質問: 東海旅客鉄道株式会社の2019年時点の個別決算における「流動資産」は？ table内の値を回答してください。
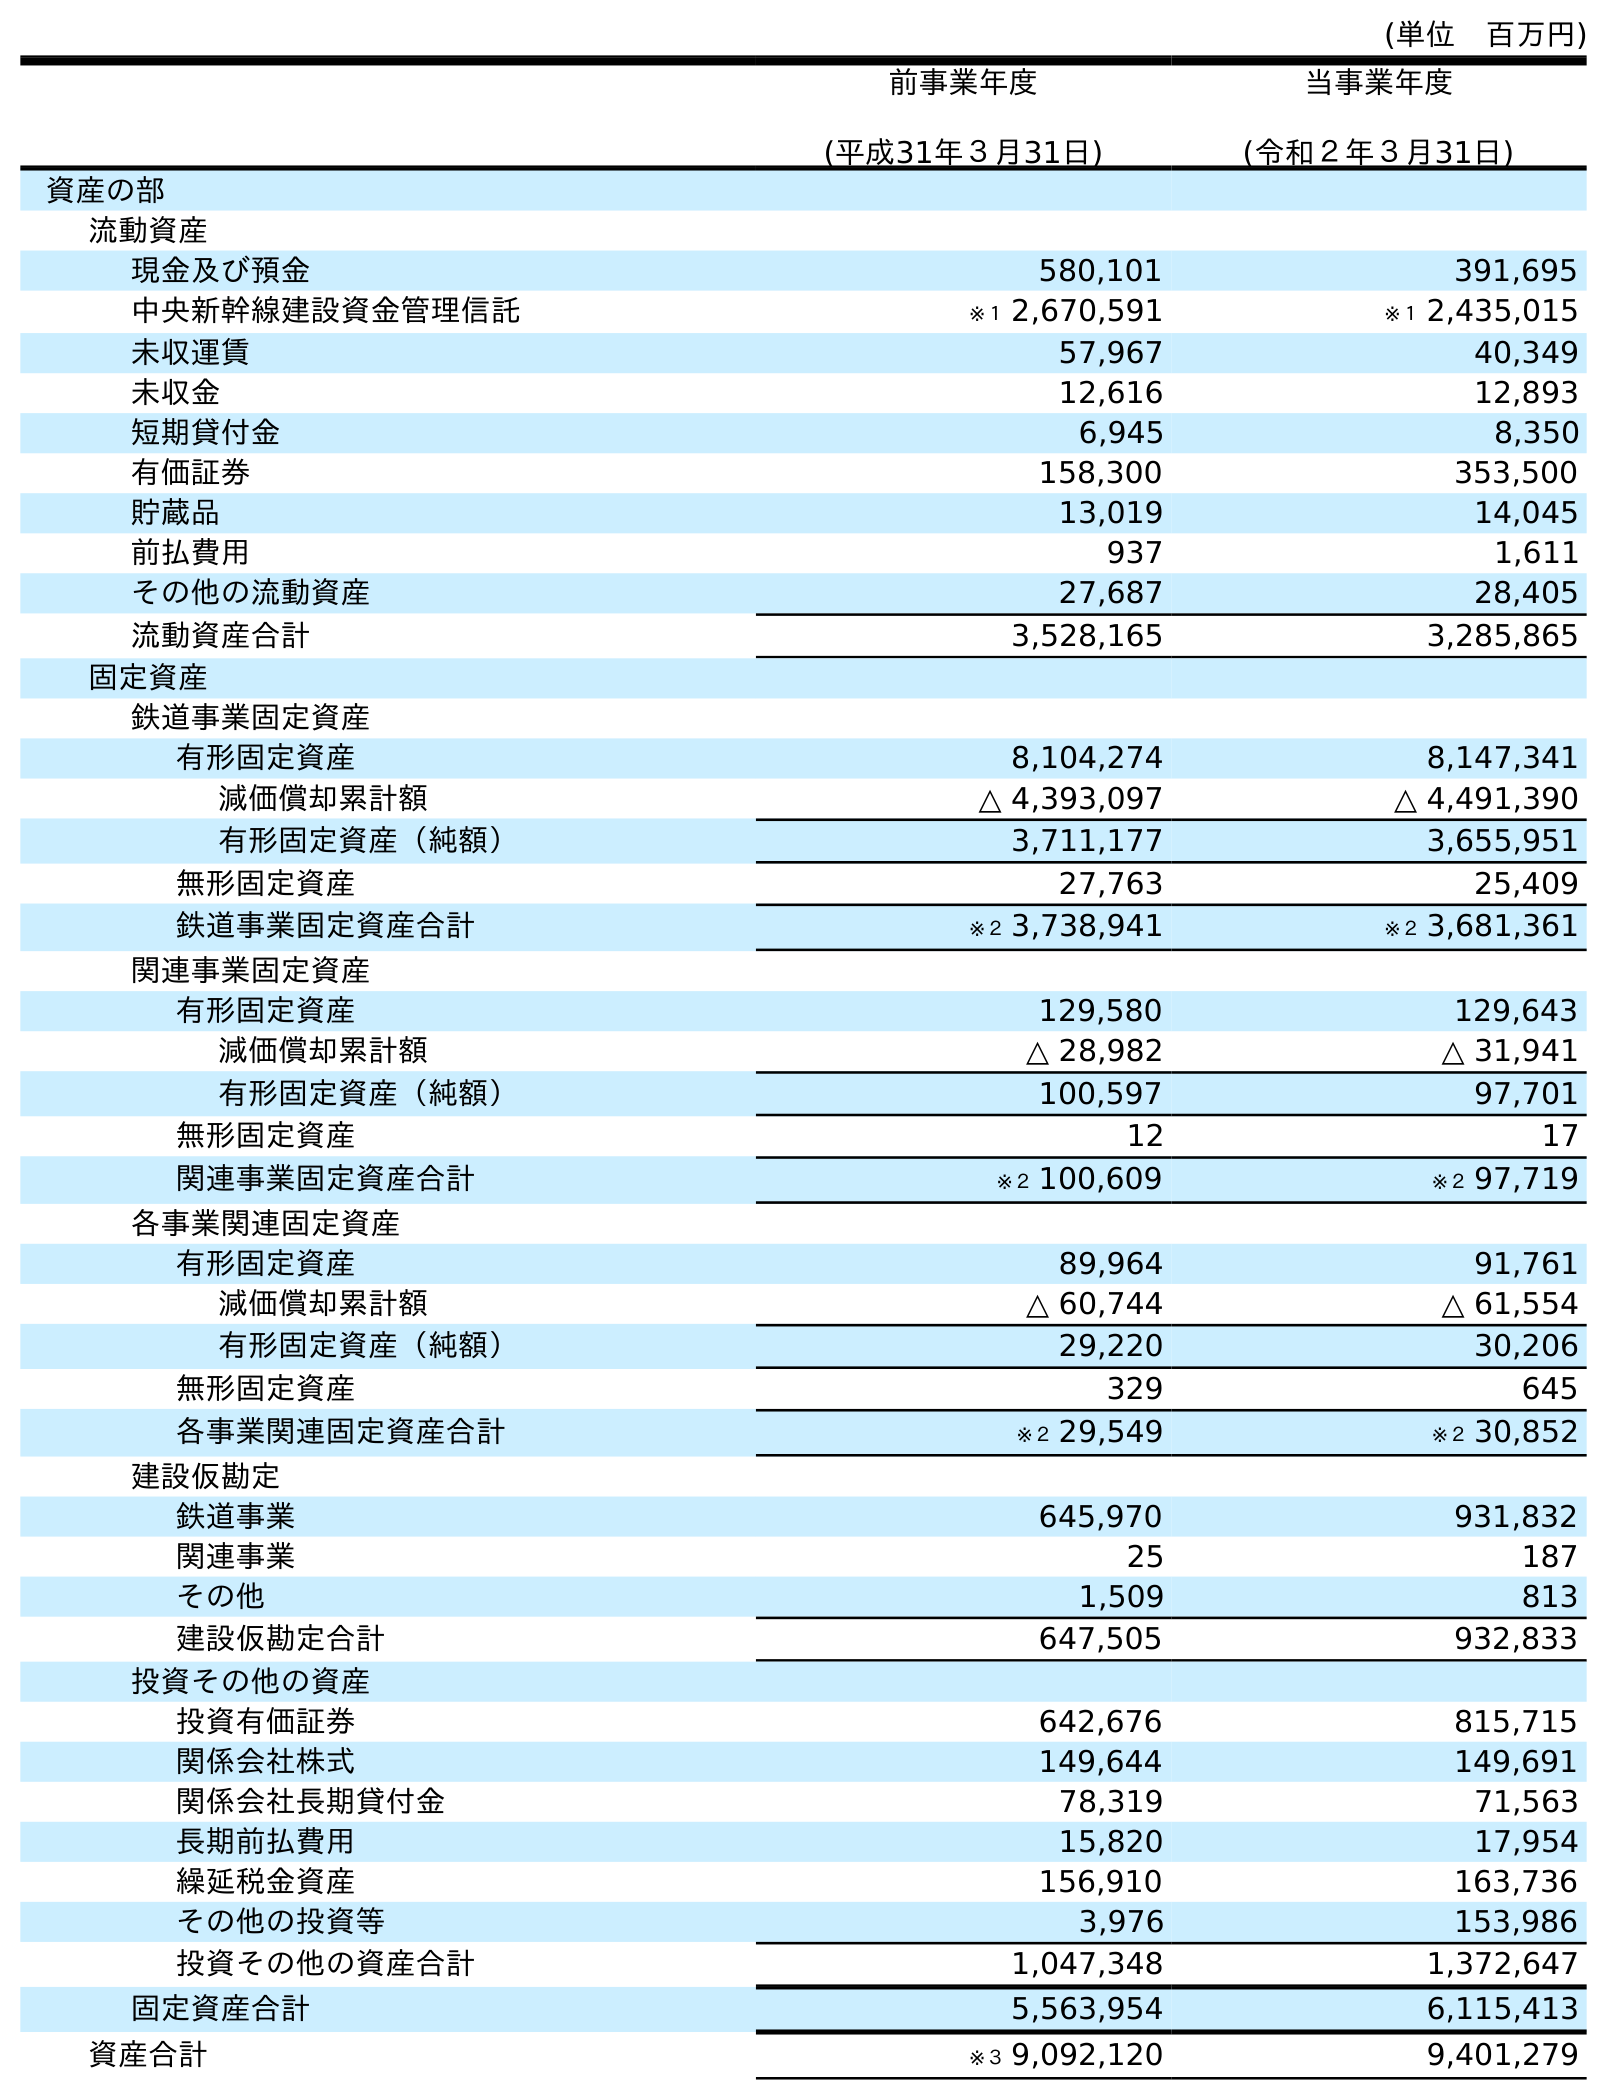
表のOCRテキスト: (単位 百万円) 前事業年度 (平成31年３月31日) 当事業年度 (令和２年３月31日) 資産の部 流動資産 現金及び預金 580,101 391,695 中央新幹線建設資金管理信託 ※１ 2,670,591 ※１ 2,435,015 未収運賃 57,967 40,349 未収金 12,616 12,893 短期貸付金 6,945 8,350 有価証券 158,300 353,500 貯蔵品 13,019 14,045 前払費用 937 1,611 その他の流動資産 27,687 28,405 流動資産合計 3,528,165 3,285,865 固定資産 鉄道事業固定資産 有形固定資産 8,104,274 8,147,341 減価償却累計額 △ 4,393,097 △ 4,491,390 有形固定資産（純額） 3,711,177 3,655,951 無形固定資産 27,763 25,409 鉄道事業固定資産合計 ※２ 3,738,941 ※２ 3,681,361 関連事業固定資産 有形固定資産 129,580 129,643 減価償却累計額 △ 28,982 △ 31,941 有形固定資産（純額） 100,597 97,701 無形固定資産 12 17 関連事業固定資産合計 ※２ 100,609 ※２ 97,719 各事業関連固定資産 有形固定資産 89,964 91,761 減価償却累計額 △ 60,744 △ 61,554 有形固定資産（純額） 29,220 30,206 無形固定資産 329 645 各事業関連固定資産合計 ※２ 29,549 ※２ 30,852 建設仮勘定 鉄道事業 645,970 931,832 関連事業 25 187 その他 1,509 813 建設仮勘定合計 647,505 932,833 投資その他の資産 投資有価証券 642,676 815,715 関係会社株式 149,644 149,691 関係会社長期貸付金 78,319 71,563 長期前払費用 15,820 17,954 繰延税金資産 156,910 163,736 その他の投資等 3,976 153,986 投資その他の資産合計 1,047,348 1,372,647 固定資産合計 5,563,954 6,115,413 資産合計 ※３ 9,092,120 9,401,279
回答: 3,528,165